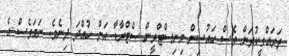
ތަރައްގީކުރަން ވެސް ހައުސިން މިނިސްޓްރީން ސްޓްރާޑާ އަށް ހުއްދަ ދިނެވެ. ނަމަވެސް އެ